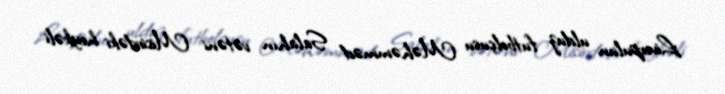
Liverpulun ulduz futbolçusu Məhəmməd Salahın vətəni Misirdəki heykəli